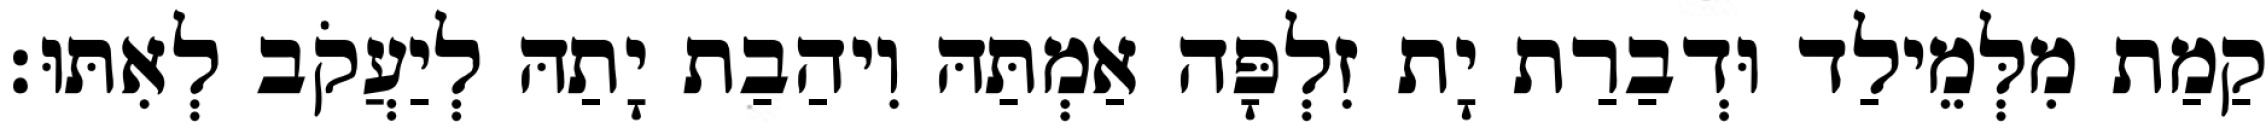
קַמַת מִלְּמֵילַד וּדְבַרַת יָת זִלְפָּה אַמְתַּהּ וִיהַבַת יָתַהּ לְיַעֲקֹב לְאִתּוּ׃